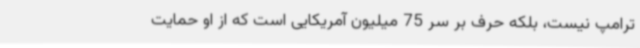
ترامپ نیست، بلکه حرف بر سر 75 میلیون آمریکایی است که از او حمایت